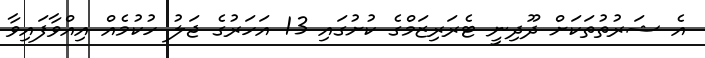
އެ ޝަރުތުތަކަށް ދޫދިނީ ޓެރަރިޒަމްގެ ކުށުގައި 13 އަހަރުގެ ޖަލު ހުކުމެއް އިއްވާފައިވާ